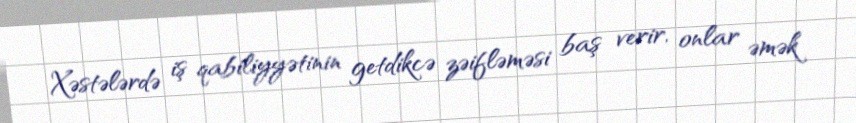
Xəstələrdə iş qabiliyyətinin getdikcə zəifləməsi baş verir, onlar əmək